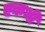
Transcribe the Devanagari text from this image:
एकभी